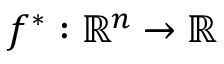
f ^ { * } : \mathbb { R } ^ { n } \xrightarrow { } \mathbb { R }